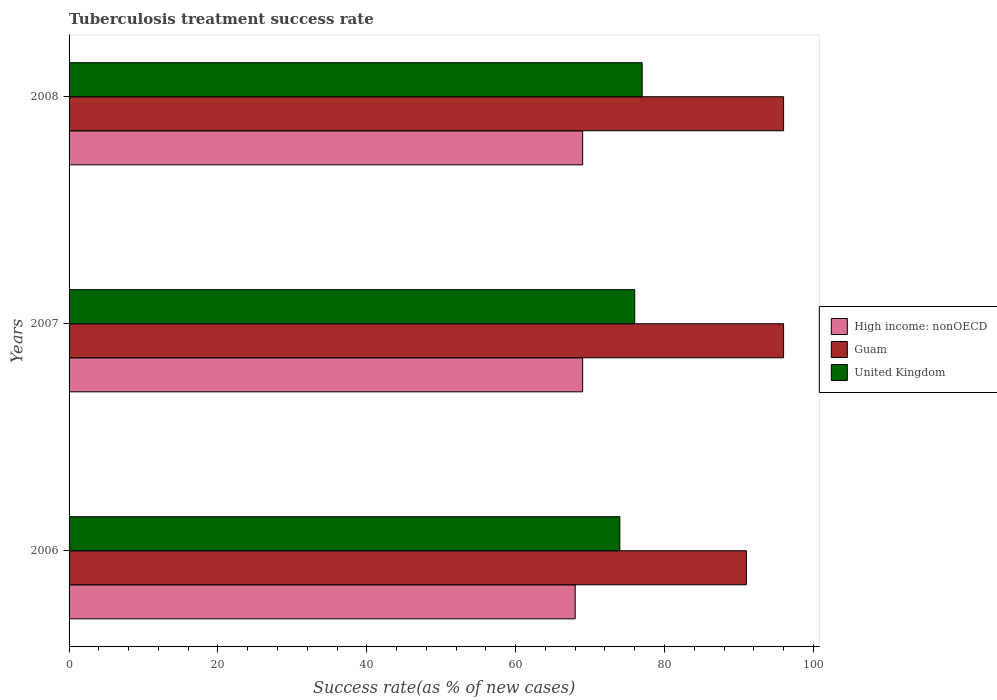
| Years | High income: nonOECD | Guam | United Kingdom |
 | --- | --- | --- | --- |
 | 2006 | 68 | 91 | 74 |
 | 2007 | 69 | 96 | 76 |
 | 2008 | 69 | 96 | 77 |